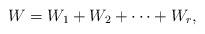
LaTeX: \begin{align*}W = W_1 + W_2 + \cdots + W_r,&&\end{align*}